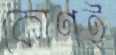
কোণই